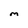
Character: M